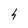
Character: h